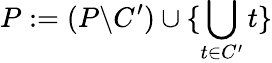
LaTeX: P:=(P{\setminus}C^{\prime})\cup\{ \bigcup_{t\in C^{\prime}}t\}